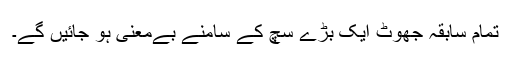
تمام سابقہ جھوٹ ایک بڑے سچ کے سامنے بےمعنی ہو جائیں گے۔